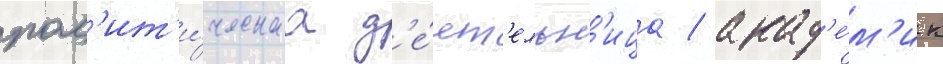
пол'ит'и́ческаа д'е́ят'ельн'ица / акад'е́м'ик